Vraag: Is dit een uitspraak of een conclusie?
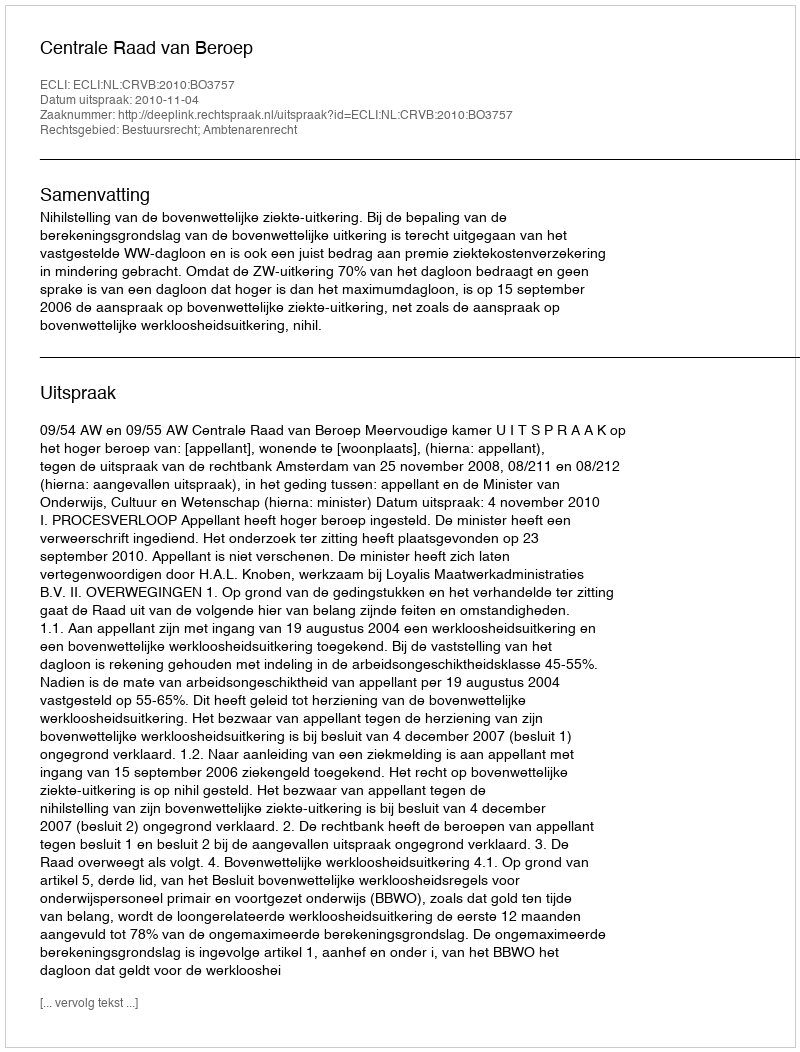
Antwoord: Uitspraak